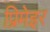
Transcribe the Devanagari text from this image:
प्रिमेइर